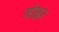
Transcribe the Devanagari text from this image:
वोह्लर